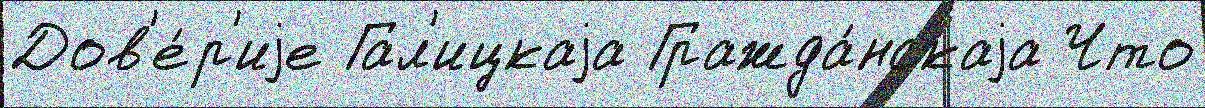
Дов'е́р'иjе Гал'ицкаjа Гражда́нскаjа Что